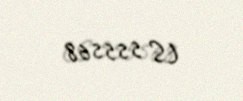
LS 555568